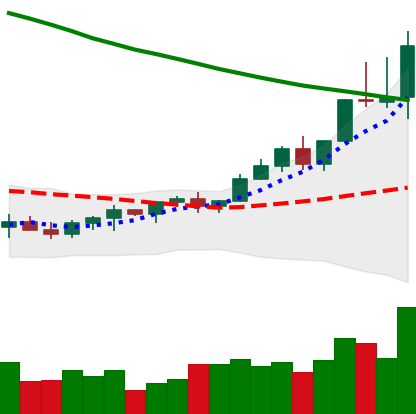
Ticker: TRX-USD
Chart end date: 2022-03-30
Forward return: -3.107%
Label: down_3_5